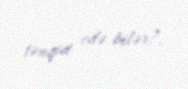
tənqid edə bilər?.